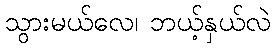
သွားမယ်လေ၊ ဘယ့်နှယ်လဲ